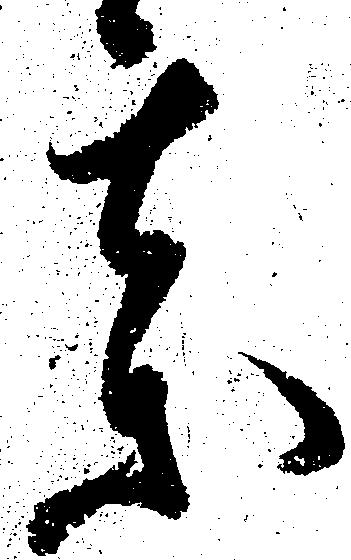
薬